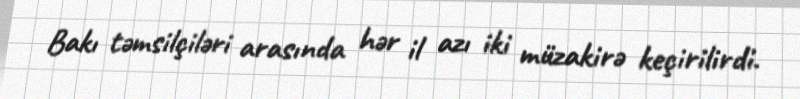
Bakı təmsilçiləri arasında hər il azı iki müzakirə keçirilirdi.